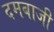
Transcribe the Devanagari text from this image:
दमबाजी